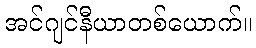
အင်ဂျင်နီယာတစ်ယောက်။